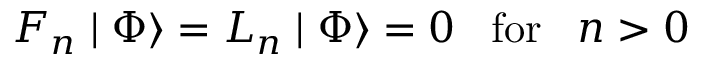
F _ { n } \mid \Phi \rangle = L _ { n } \mid \Phi \rangle = 0 \; \; \; \mathrm { f o r } \; \; \; n > 0